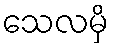
သေလမှိ